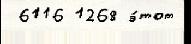
 6116 1268 э́тот